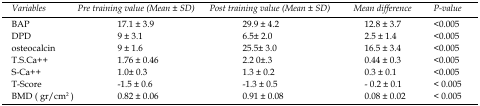
<table><thead><tr><td><b><i>Variables</i></b></td><td><b><i>Pre training value</i><i>(Mean ± SD)</i></b></td><td><b><i>Post training value</i><i>(Mean ± SD)</i></b></td><td><b><i>Mean difference</i></b></td><td><b><i>P-value</i></b></td></tr></thead><tbody><tr><td>BAP</td><td>17.1 <b>±</b> 3.9</td><td>29.9 <b>±</b> 4.2</td><td>12.8 <b>±</b> 3.7</td><td>&lt;0.005</td></tr><tr><td>DPD</td><td>9 <b>±</b> 3.1</td><td>6.5<b>±</b> 2.0</td><td>2.5 <b>±</b> 1.4</td><td>&lt;0.005</td></tr><tr><td>osteocalcin</td><td>9 <b>±</b> 1.6</td><td>25.5<b>±</b> 3.0</td><td>16.5 <b>±</b> 3.4</td><td>&lt;0.005</td></tr><tr><td>T.S.Ca++</td><td>1.76 <b>±</b> 0.46</td><td>2.2 0<b>±</b>.3</td><td>0.44 <b>±</b> 0.3</td><td>&lt;0.005</td></tr><tr><td>S-Ca++</td><td>1.0<b>±</b> 0.3</td><td>1.3 <b>± </b>0.2</td><td>0.3 <b>±</b> 0.1</td><td>&lt;0.005</td></tr><tr><td>T-Score</td><td>-1.5 <b>±</b> 0.6</td><td>-1.3 <b>±</b> 0.5</td><td>- 0.2 <b>±</b> 0.1</td><td>&lt; 0.005</td></tr><tr><td>BMD ( gr/cm<sup>2 </sup>)</td><td>0.82 ± 0.06</td><td>0.91 ± 0.08</td><td>0.08 ± 0.02</td><td>&lt; 0.005</td></tr></tbody></table>